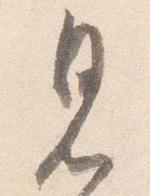
見